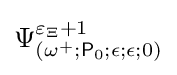
\Psi _{(\omega ^{+};{\mathsf {P}}_{0};\epsilon ;\epsilon ;0)}^{\varepsilon _{\Xi }+1}